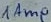
Text: 1Amp